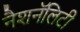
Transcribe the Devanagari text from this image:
नैशनॅलिटी